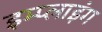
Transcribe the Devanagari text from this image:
इम्प्‍लाइंग